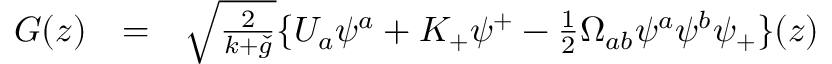
\begin{array} { l l l } { { G ( z ) } } & { { = } } & { { \sqrt { \frac { 2 } { k + \check { g } } } \{ U _ { a } \psi ^ { a } + K _ { + } \psi ^ { + } - \frac { 1 } { 2 } \Omega _ { a b } \psi ^ { a } \psi ^ { b } \psi _ { + } \} ( z ) } } \end{array}